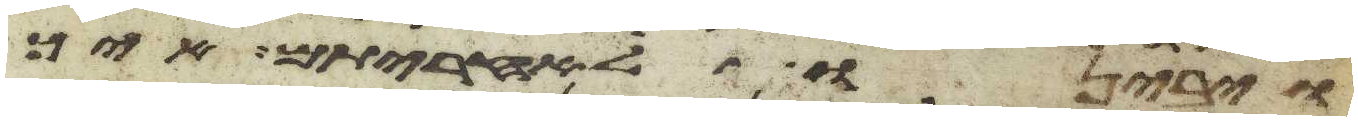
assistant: ויבינו לאחריתם איך